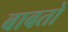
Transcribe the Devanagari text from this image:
बाबतो